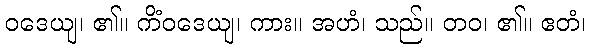
ဝဒေယျ၊ ၏။ ကိံဝဒေယျ၊ ကား။ အဟံ၊ သည်။ တဝ၊ ၏။ ဧတံ၊